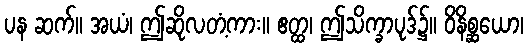
ပန ဆက်။ အယံ၊ ဤဆိုလတံ့ကား။ ဧတ္ထ၊ ဤသိက္ခာပုဒ်၌။ ဝိနိစ္ဆယော၊